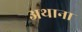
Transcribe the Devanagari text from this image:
अथाना